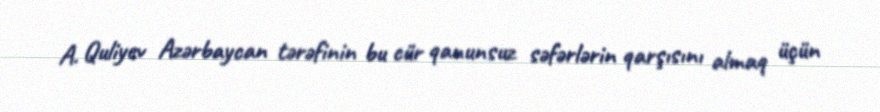
A. Quliyev Azərbaycan tərəfinin bu cür qanunsuz səfərlərin qarşısını almaq üçün